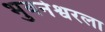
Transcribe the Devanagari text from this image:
भुवनेश्वरला